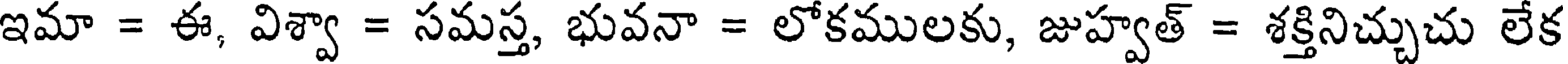
ఇమా = ఈ, విశ్వా = సమస్త, భువనా = లోకములకు, జుహ్వత్ = శక్తినిచ్చుచు లేక